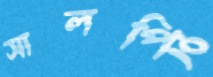
সালপিং